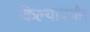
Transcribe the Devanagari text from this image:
किल्यापर्यंत